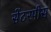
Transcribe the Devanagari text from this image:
सेंटरपीस